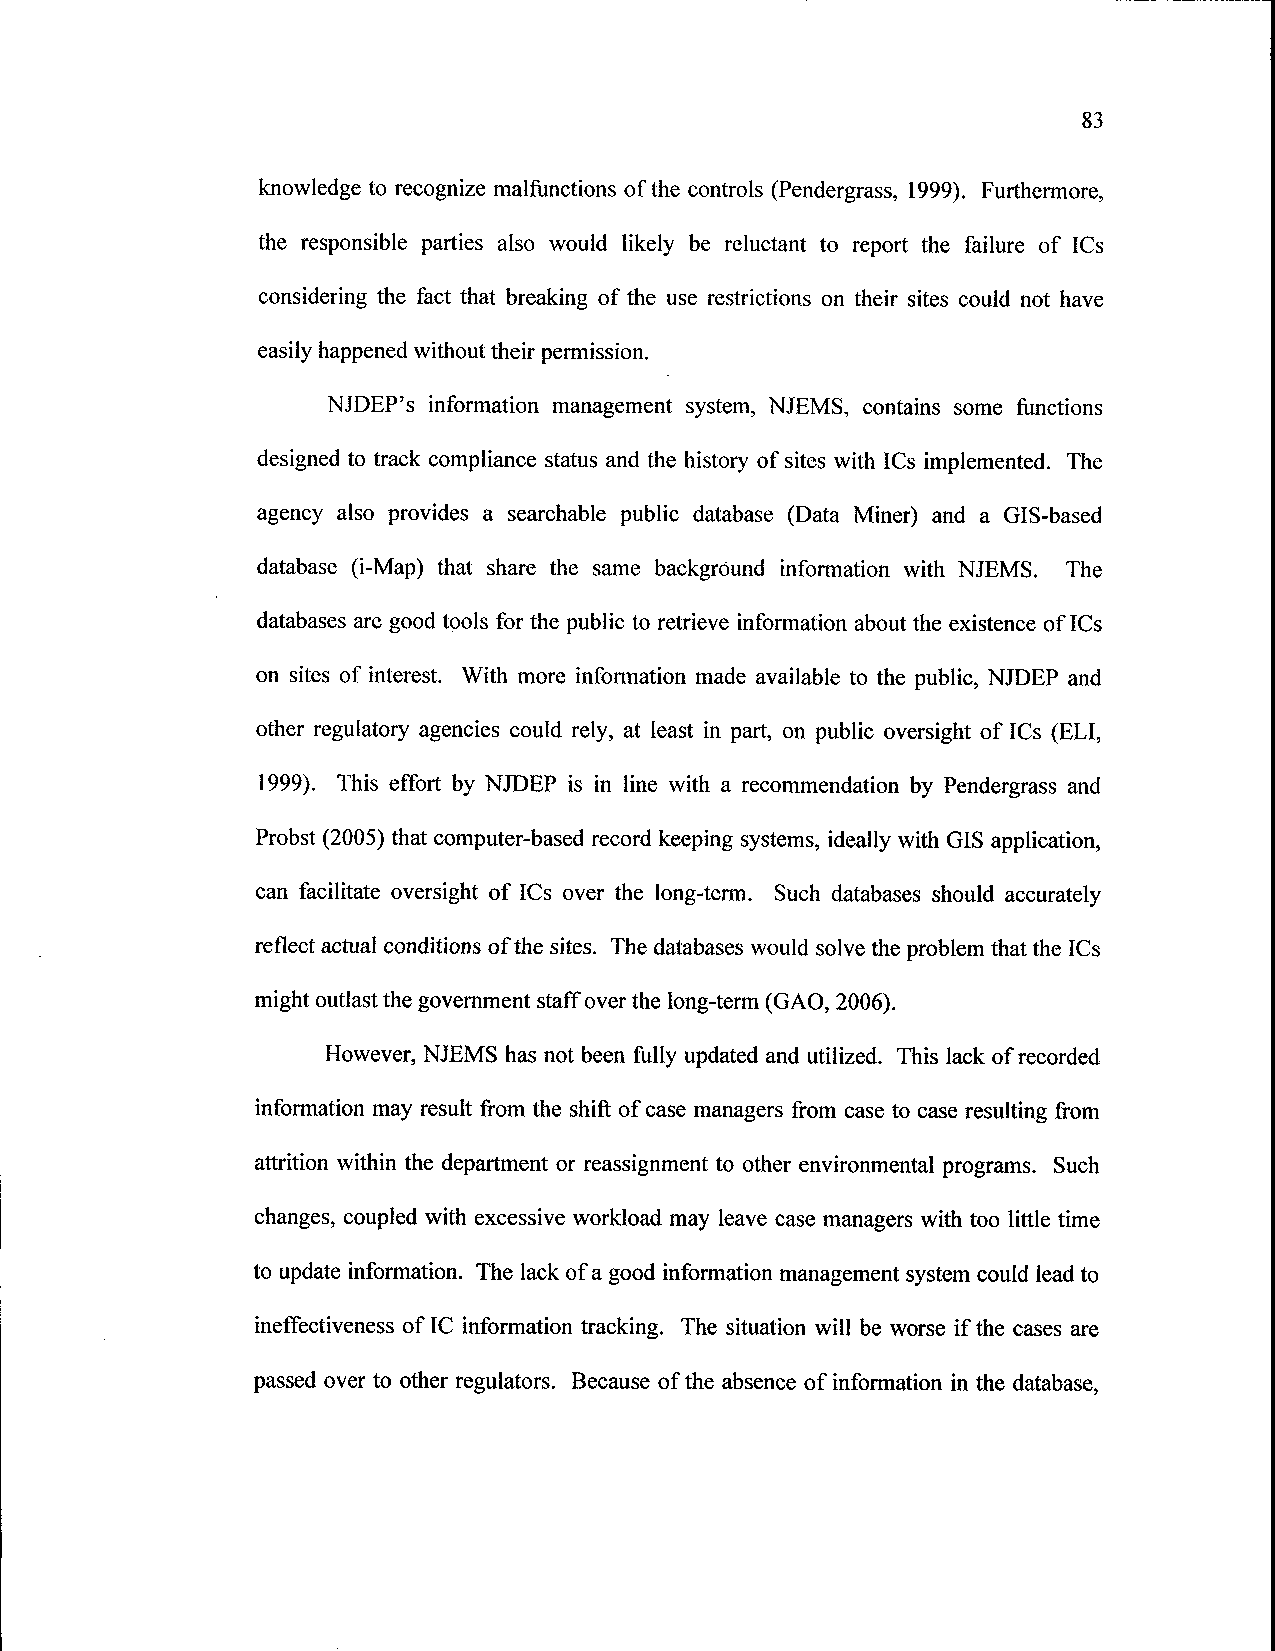
83
 knowledge to recognize malfunctions of the controls (Pendergrass, 1999). Furthermore,
 the responsible parties also would likely be reluctant to report the failure of ICs
 considering the fact that breaking of the use restrictions on their sites could not have
 easily happened without their permission.
 NJDEP's information management system, NJEMS, contains some functions
 designed to track compliance status and the history of sites with ICs implemented. The
 agency also provides a searchable public database (Data Miner) and a GIS-based
 database (i-Map) that share the same background information with NJEMS. The
 databases are good tools for the public to retrieve information about the existence of ICs
 on sites of interest. With more information made available to the public, NJDEP and
 other regulatory agencies could rely, at least in part, on public oversight of ICs (ELI,
 1999). This effort by NJDEP is in line with a recommendation by Pendergrass and
 Probst (2005) that computer-based record keeping systems, ideally with GIS application,
 can facilitate oversight of ICs over the long-term. Such databases should accurately
 reflect actual conditions of the sites. The databases would solve the problem that the ICs
 might outlast the government staff over the long-term (GAO, 2006).
 However, NJEMS has not been fully updated and utilized. This lack of recorded
 information may result from the shift of case managers from case to case resulting from
 attrition within the department or reassignment to other environmental programs. Such
 changes, coupled with excessive workload may leave case managers with too little time
 to update information. The lack of a good information management system could lead to
 ineffectiveness of IC information tracking. The situation will be worse if the cases are
 passed over to other regulators. Because of the absence of information in the database,